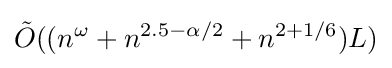
{\tilde {O}}((n^{\omega }+n^{2.5-\alpha /2}+n^{2+1/6})L)